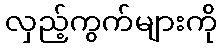
လှည့်ကွက်များကို